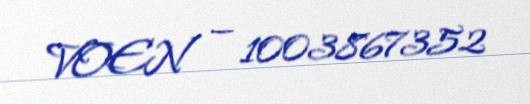
VOEN — 1003867352